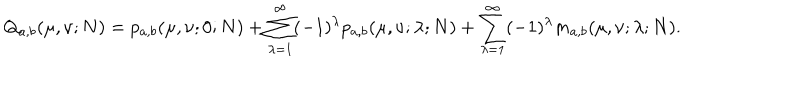
LaTeX: Q _ { a , b } ( \mu , \nu ; N ) = p _ { a , b } ( \mu , \nu ; 0 ; N ) + \sum _ { \lambda = 1 } ^ { \infty } ( - 1 ) ^ { \lambda } p _ { a , b } ( \mu , \nu ; \lambda ; N ) + \sum _ { \lambda = 1 } ^ { \infty } ( - 1 ) ^ { \lambda } m _ { a , b } ( \mu , \nu ; \lambda ; N ) .